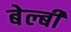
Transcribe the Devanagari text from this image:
बेल्बी